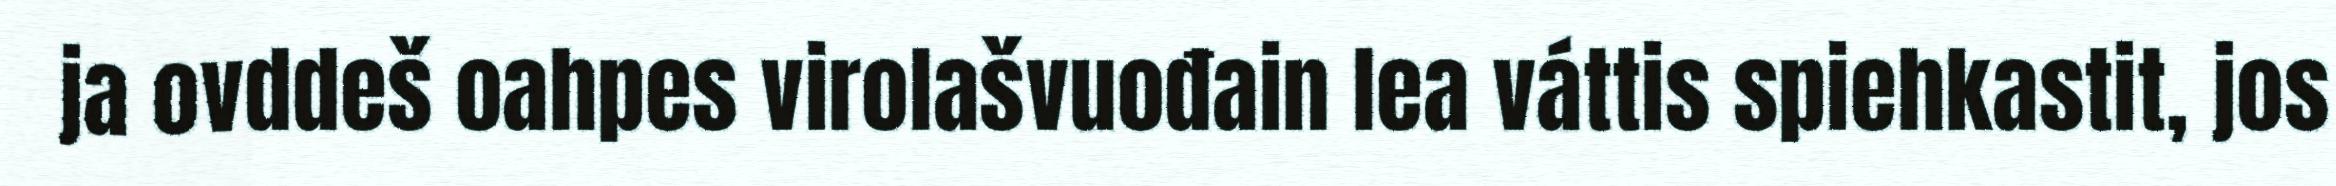
ja ovddeš oahpes virolašvuođain lea váttis spiehkastit, jos